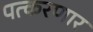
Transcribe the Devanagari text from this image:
पत्करणार